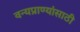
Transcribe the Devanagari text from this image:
वन्यप्राण्यांसाठी